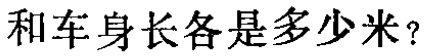
和车身长各是多少米？